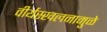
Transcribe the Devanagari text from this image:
वीर्यस्खलनामुळे